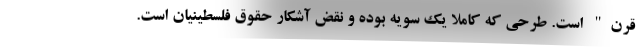
قرن" است. طرحی که کاملا یک سویه بوده و نقض آشکار حقوق فلسطینیان است.